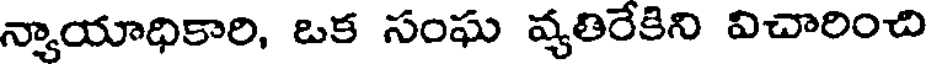
న్యాయాధికారి, ఒక సంఘ వ్యతిరేకిని విచారించి